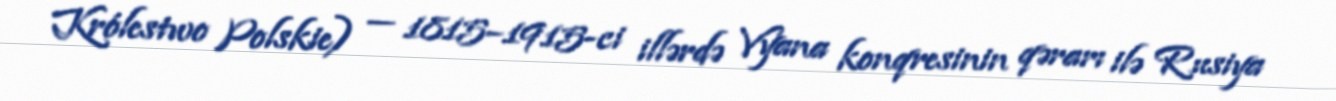
Królestwo Polskie) — 1815–1915-ci illərdə Vyana konqresinin qərarı ilə Rusiya